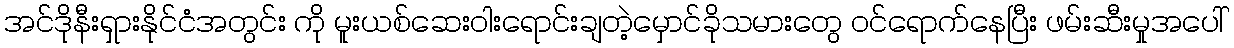
အင်ဒိုနီးရှားနိုင်ငံအတွင်း ကို မူးယစ်ဆေးဝါးရောင်းချတဲ့မှောင်ခိုသမားတွေ ဝင်ရောက်နေပြီး ဖမ်းဆီးမှုအပေါ်